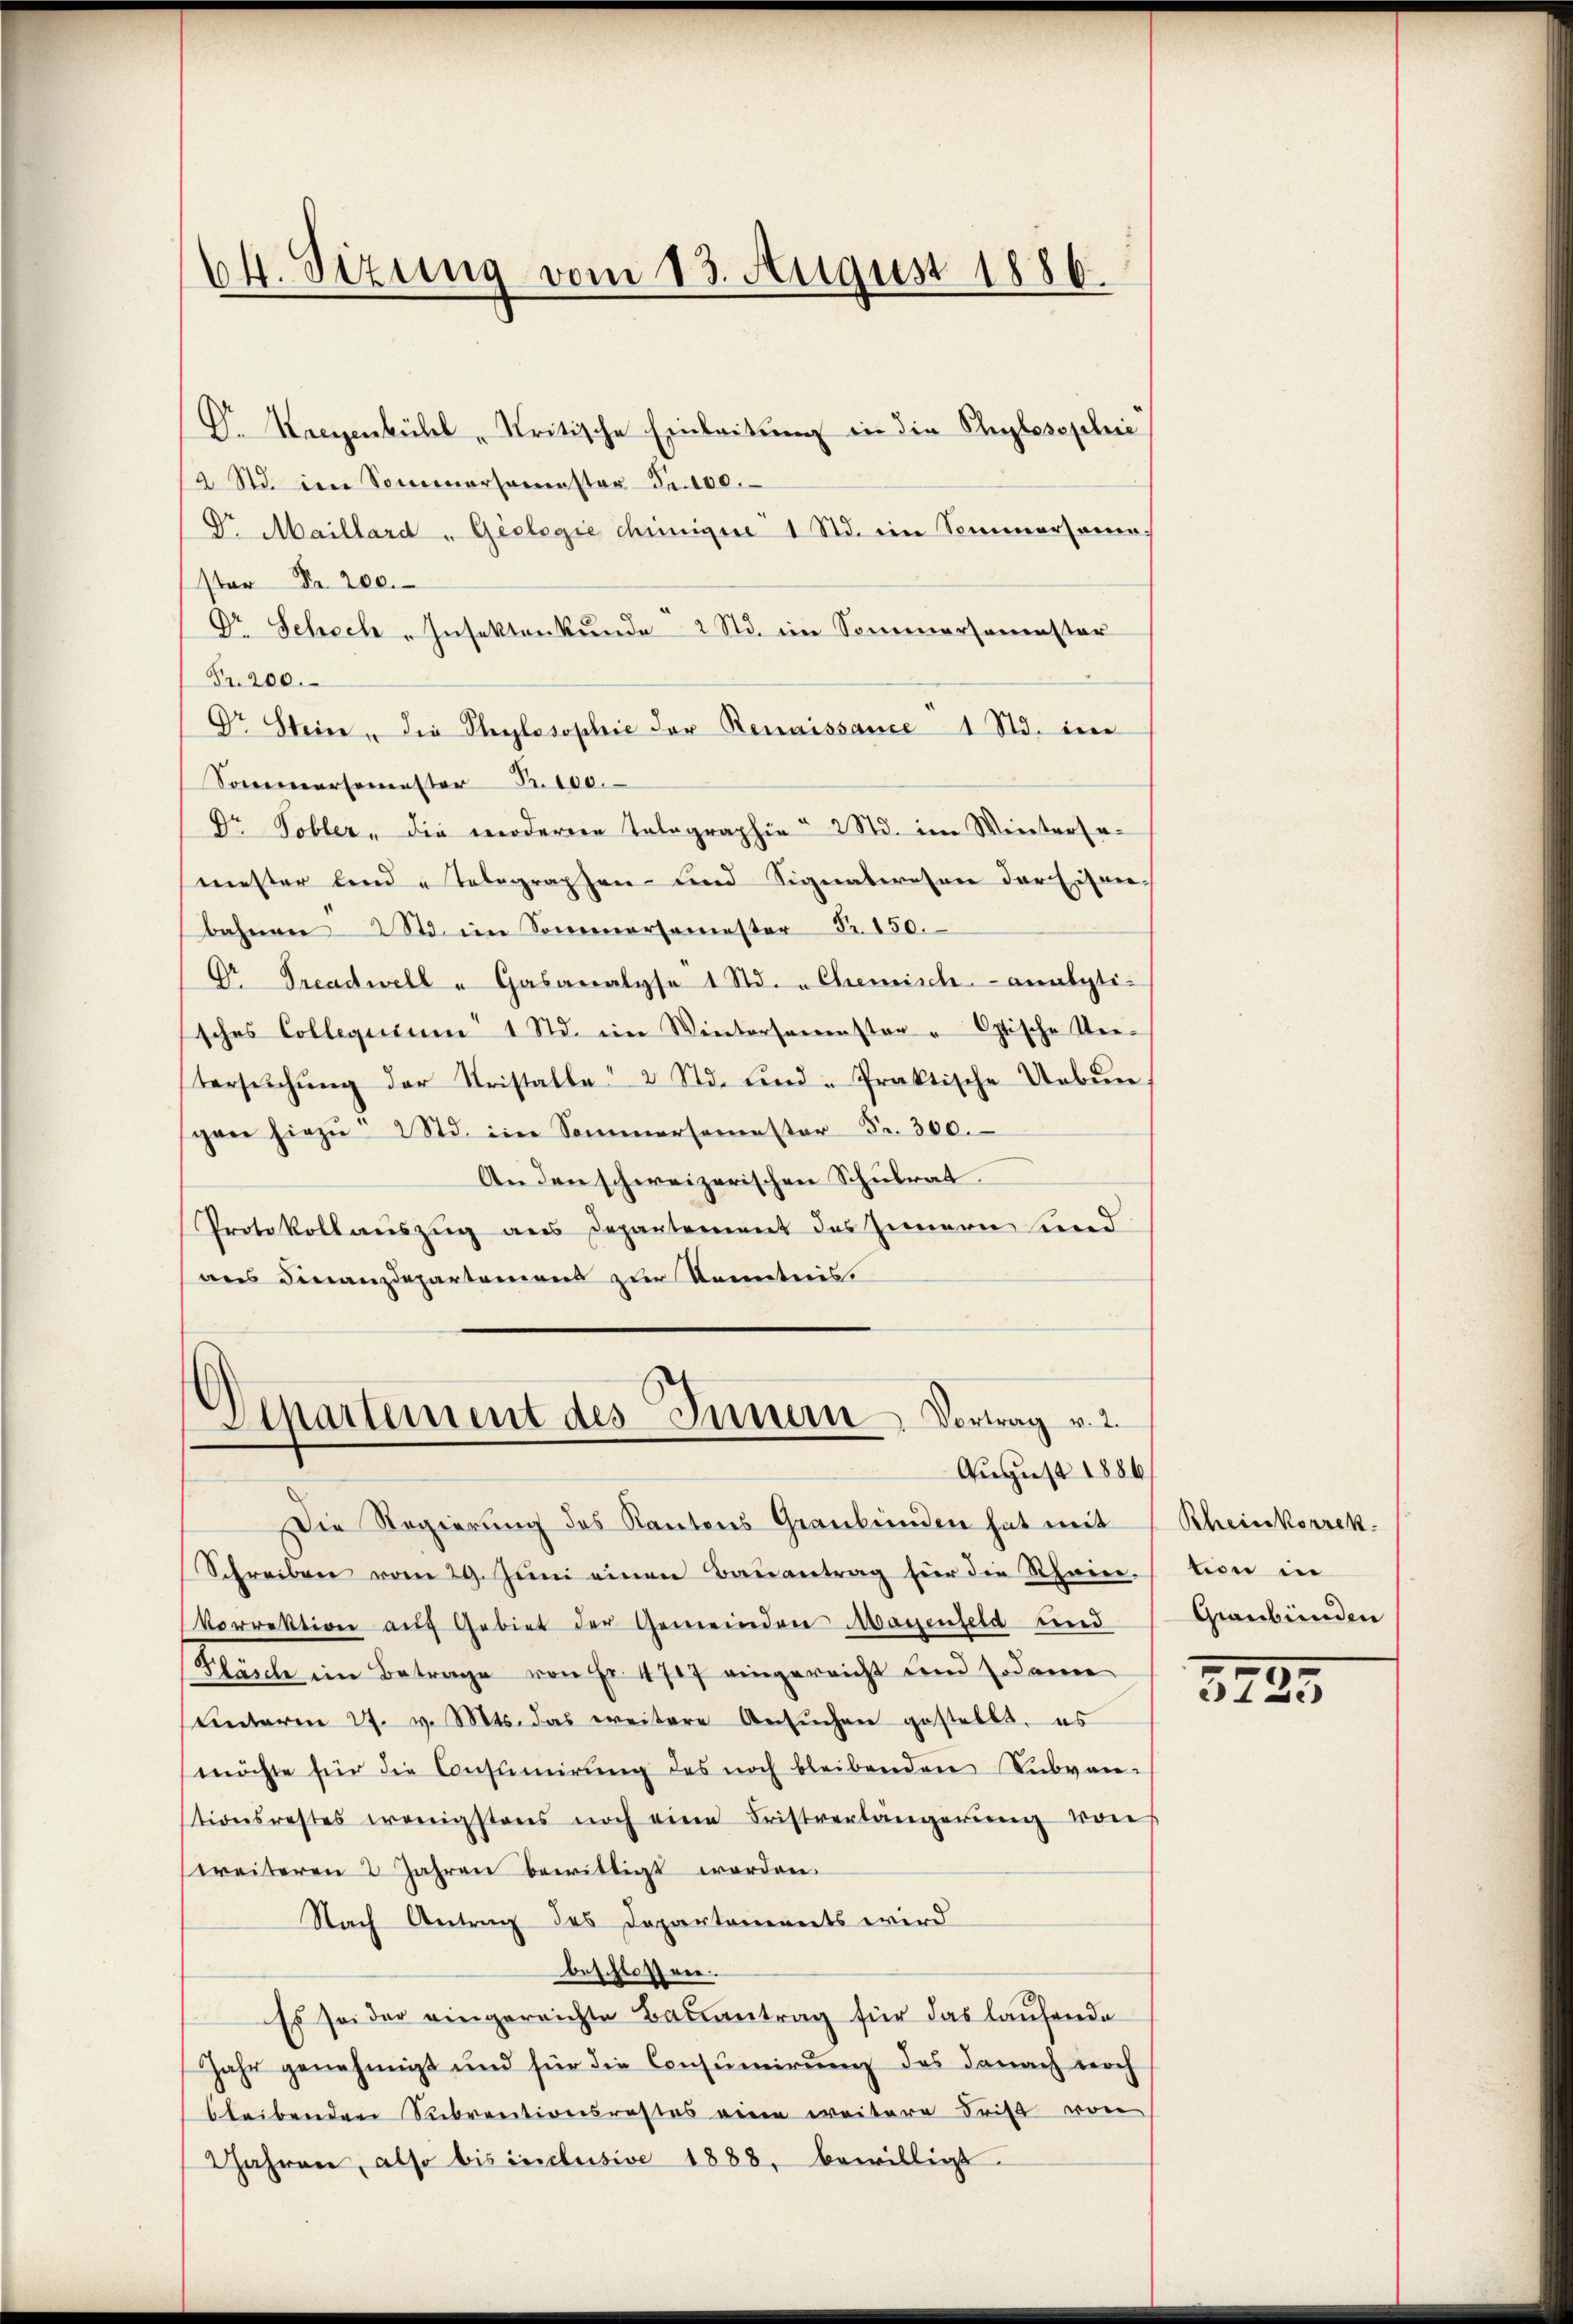
64. Sizung vom 13. August 1886.

Dr. Macenküll Kritische Einleitung in die Phylosophie
2 Std. im Sommersamster Fr. 100.
Dr. Maillard "Geologie chinigue 1 Std. ein Sommersame.
ster Nr. 200.
Dr Schoch-Insektenkunde 2 Std. im Sommersemester
Fr. 200.
Dr Steine, die Philosophie der Renaissance 1 Std. eine
Sommersemester B. 100.
Dr. Tobler, die worderere Telegraphie 2 Std. im Weitersamester land Telegraphen- und Signaleresen der Eisenbahnen 2. im Sommersemester Nr. 150.
Dr Treadwell u Gasanalyse 1 Std. " Chemisch-analytisches Collegium 1 Std. im Wintersamenster - Optische Uetersŭchŭng der Stristalle 2 Std. ŭnd-Praktische Uebŭn
gen hiezŭ " 2 Std. im Sommersemester Fr. 300.
An den schweizerischen Schulrat.
Protokollauszug aus Departement des Innern sind
ans Finanzdepartamens zur Kenntnis.

Separtement des Innern Vortrag v. 2.
August 1886

Die Regierung des Kantons Graubünden hat mit Rheinkorrek-
Schreiben vom 29. Jŭni einen Baŭantrag für die Rhein-
Vorrektion aŭf Gebiet der Gemeinden Mayenfeld und
Fläsche im Betrage von Fr. 4707 eingereicht und sodann
Unterm 27. v. Mts. das weitere Ansŭchen gestellt, es
möchte für die Consumirŭng des noch bleibenden Subven-
tionsrestes wenigstens noch eine Fristverlängerŭng von
weiteren 2 Jahren bewilligt worden.
Nach Antrag des Departements wird
beschlossen.
Es sei der eingereichte Bauantrag für das laufende
Jahr genehmigt und für die Consumirung des danach noch
bleibenden Subventionsrestes eine weitere Frist von
Jahren, also bis inclusive 1888. bewilligt.

tion in
Graubünden
372.